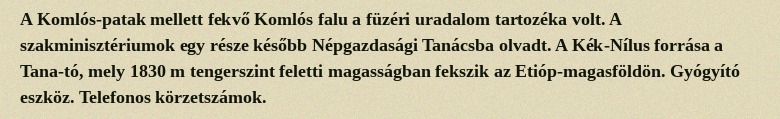
A Komlós-patak mellett fekvő Komlós falu a füzéri uradalom tartozéka volt. A szakminisztériumok egy része később Népgazdasági Tanácsba olvadt. A Kék-Nílus forrása a Tana-tó, mely 1830 m tengerszint feletti magasságban fekszik az Etióp-magasföldön. Gyógyító eszköz. Telefonos körzetszámok.